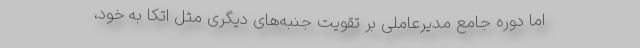
اما دوره جامع مدیرعاملی بر تقویت جنبه‌های دیگری مثل اتکا به خود،